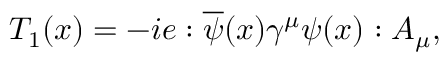
T _ { 1 } ( x ) = - i e : \overline { { { \psi } } } ( x ) \gamma ^ { \mu } \psi ( x ) : A _ { \mu } ,